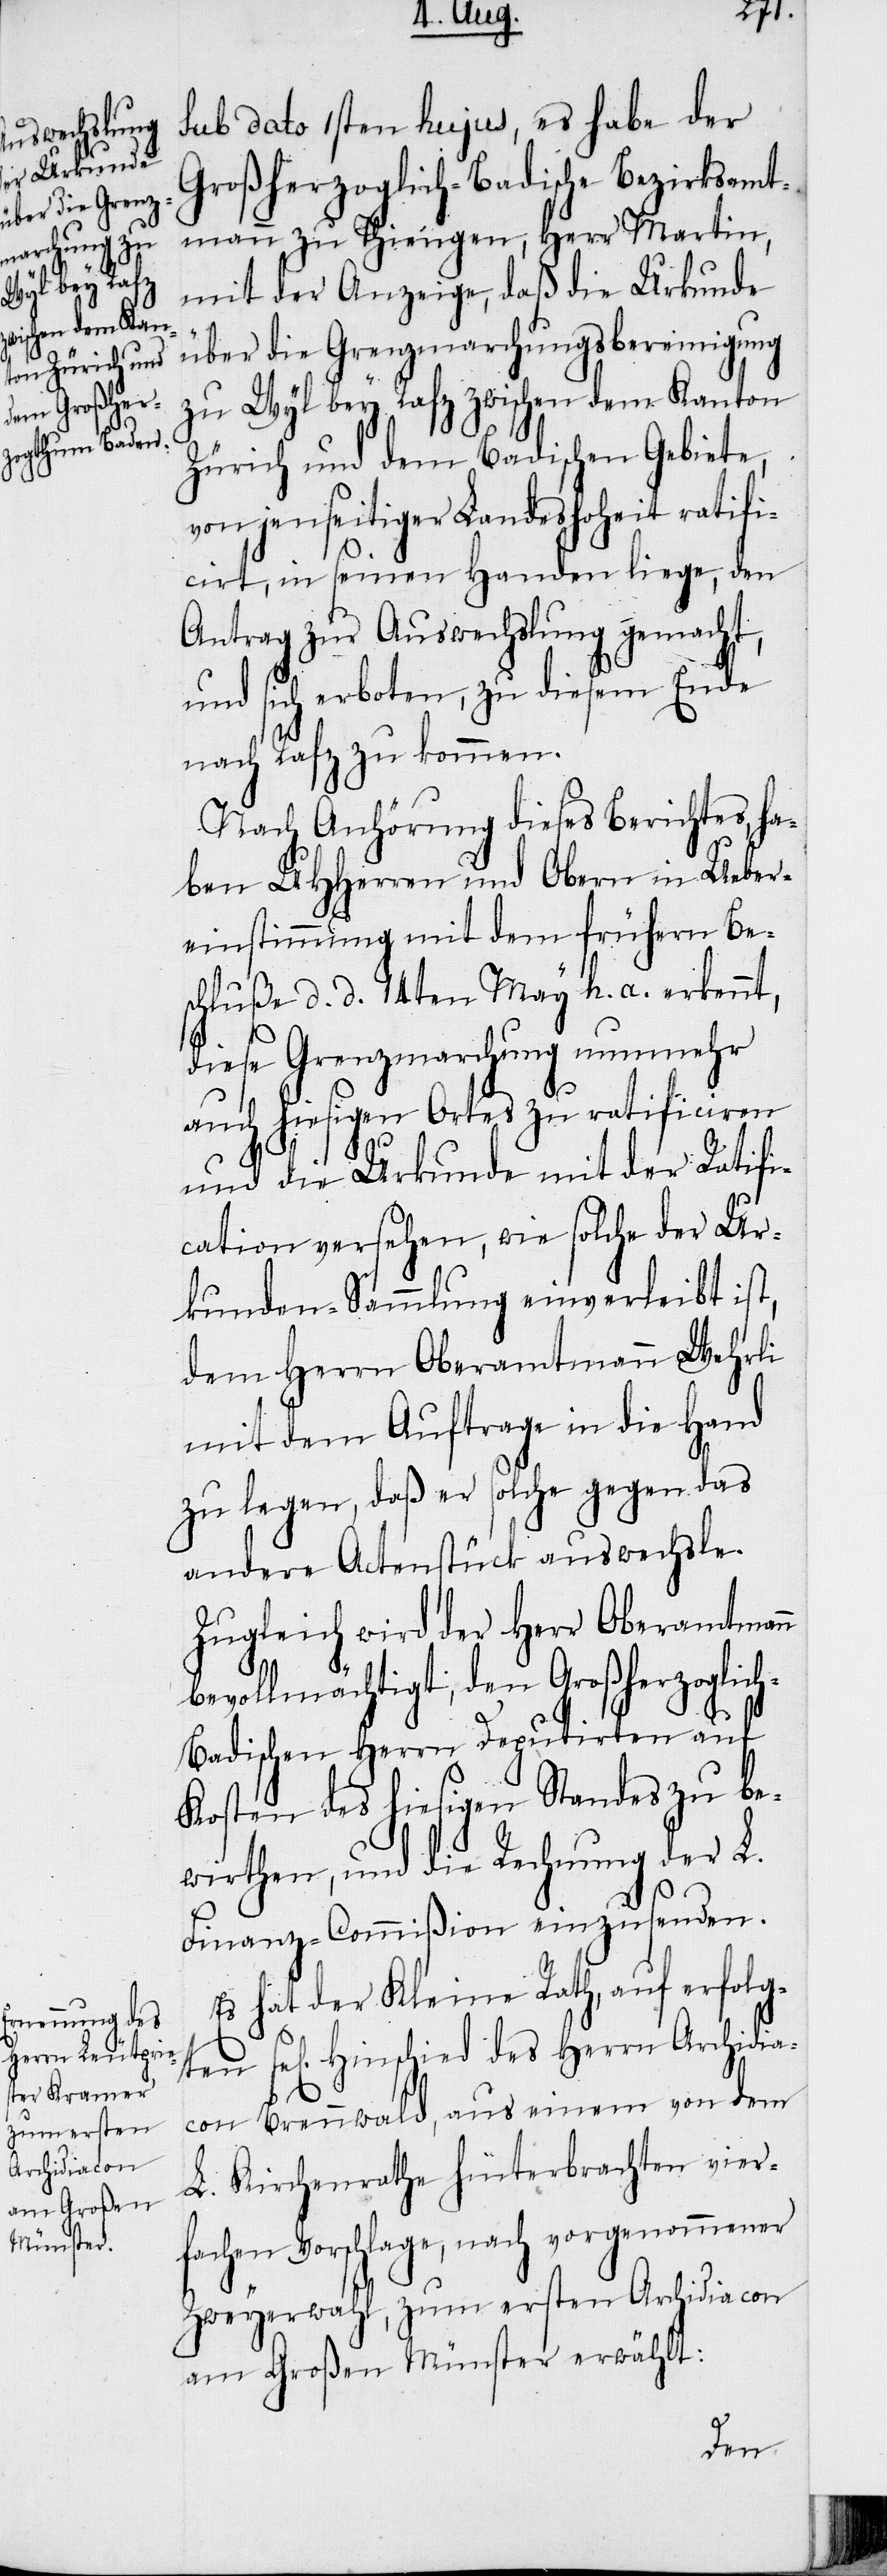
sub dato 1sten hujus, es habe der
Großherzoglich-Badische Bezirksamt¬
mann zu Thiengen, Herr Martin,
mit der Anzeige, daß die Urkunde
über die Grenzmarchungsbereinigung
zu Wyl bey Rafz zwischen dem Kanton
Zürich und dem Badischen Gebiete,
von jenseitiger Landeshoheit ratifi¬
cirt, in seinen Handen liege, den
Antrag zur Auswechslung gemacht,
und sich erboten, zu diesem Ende
nach Rafz zu kommen.
Nach Anhörung dieses Berichtes, ha¬
ben UHHerren und Obern in Ueber¬
einstimmung mit dem frühern Be¬
schluße d. d. 14ten May h. a. erkennt,
diese Grenzmarchung nunmehr
auch hiesigen Ortes zu ratificiren
und die Urkunde mit der Ratifi¬
cation versehen, wie solche der Ur¬
kunden-Sammlung einverleibt ist,
dem Herrn Oberamtmann Wehrli
mit dem Auftrage in die Hand
zu legen, daß er solche gegen das
andere Actenstück auswechsle.
Zugleich wird der Herr Oberamtmann
bevollmächtigt, den Großherzoglic¬
h-Badischen Herrn Deputirten auf
Kosten des hiesigen Standes zu be¬
wirthen, und die Rechnung der L.
Finanz-Commißion einzusenden.
Es hat der Kleine Rath, auf erfolgten
se[ligen] Hinschied des Herrn Archidia¬
con Brennwald, aus einem von dem
L. Kirchenrathe hinterbrachten vier¬
fachen Vorschlage, nach vorgenommener
Zweyerwahl, zum ersten Archidiacon
am Großen Münster erwählt: